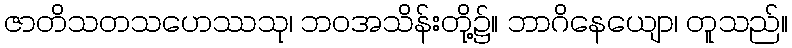
ဇာတိသတသဟေဿသု၊ ဘဝအသိန်းတို့၌။ ဘာဂိနေယျော၊ တူသည်။